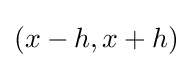
(x-h,x+h)